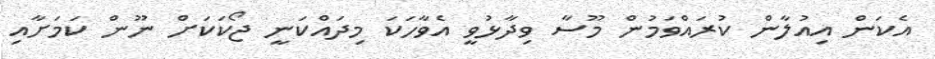
އެކަން އިއުލާން ކުރައްވަމުން މޫސާ ވިދާޅުވީ އެވާހަކަ މިދައްކަނީ ޖޯކަކަށް ނޫން ކަމަށާއި